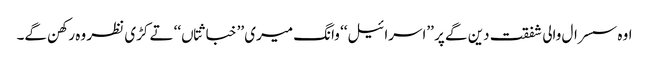
اوہ سسرال والی شفقت دین گے پر ’’اسرائیل‘‘ وانگ میری ’’خباثتاں‘‘ تے کڑی نظر وہ رکھن گے۔